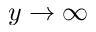
y \rightarrow \infty